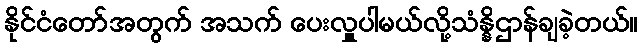
နိုင်ငံတော်အတွက် အသက် ပေးလှူပါမယ်လို့သံန္နိဌာန်ချခဲ့တယ်။